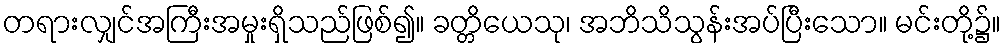
တရားလျှင်အကြီးအမှုးရှိသည်ဖြစ်၍။ ခတ္တိယေသု၊ အဘိသိသွန်းအပ်ပြီးသော။ မင်းတို့၌။